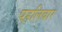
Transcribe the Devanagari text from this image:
पहलिबार